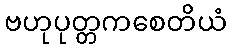
ဗဟုပုတ္တကစေတိယံ